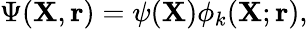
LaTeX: \Psi({\mathbf{X}},{\mathbf{r}})=\psi({\mathbf{X}})\phi_{k}({\mathbf{X}};{\mathbf{r}}),